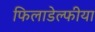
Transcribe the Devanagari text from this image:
फिलाडेल्फीया